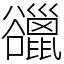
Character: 䜲